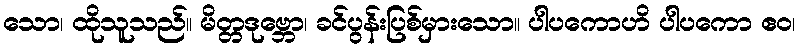
သော၊ ထိုသူသည်။ မိတ္တဒုဗ္ဘော၊ ခင်ပွန်းပြစ်မှားသော။ ပါပကောဟိ ပါပကော ဧဝ၊